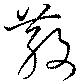
散